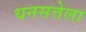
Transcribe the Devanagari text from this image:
धनसत्तेला